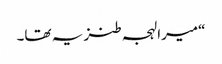
“میرا لہجہ طنز یہ تھا۔